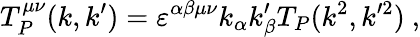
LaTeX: T_{P}^{\mu\nu}(k,k^{\prime})=\varepsilon^{\alpha\beta\mu\nu}k_{\alpha}k_{\beta}^{\prime}T_{P}(k^{2},k^{\prime 2})~,